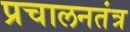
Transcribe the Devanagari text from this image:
प्रचालनतंत्र